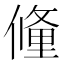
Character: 𬿧